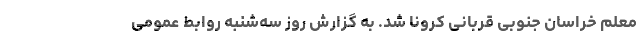
معلم خراسان جنوبی قربانی کرونا شد. به گزارش روز سه‌شنبه روابط عمومی